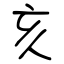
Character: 亥